Problem: 14 + 19 = ?
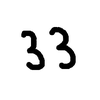
Handwritten answer: 33